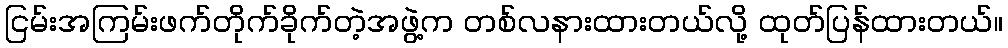
ငြမ်းအကြမ်းဖက်တိုက်ခိုက်တဲ့အဖွဲ့က တစ်လနားထားတယ်လို့ ထုတ်ပြန်ထားတယ်။